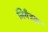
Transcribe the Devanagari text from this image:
नियँत्रक